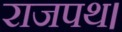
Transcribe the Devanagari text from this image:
राजपथ।